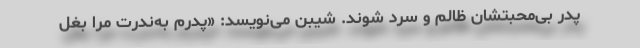
پدر بی‌محبتشان ظالم و سرد شوند. شیبن می‌نویسد: «پدرم به‌ندرت مرا بغل